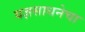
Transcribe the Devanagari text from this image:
यज्ञसाधनेचा